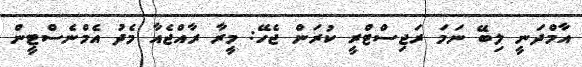
އާމްދަނީ ލިބޭ ނަމަ ރަޖިސްޓްރީ ކުރަން ޖެހޭ: މީރާ ރާއްޖެއާ މެދު އެމްނެސްޓީން